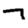
Digit: 7